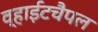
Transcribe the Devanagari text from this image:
व्हाईटचैपल